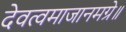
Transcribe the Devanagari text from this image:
देवत्वमाजानमग्रे॥